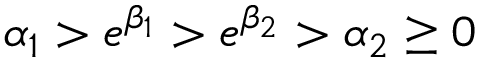
\alpha _ { 1 } > e ^ { \beta _ { 1 } } > e ^ { \beta _ { 2 } } > \alpha _ { 2 } \geq 0